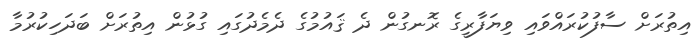
އިތުރަށް ސާފުކުރައްވައި ވިޔަފާރީގެ ރޮނގުން ދެ ޤައުމުގެ ދެމެދުގައި ގުޅުން އިތުރަށް ބަދަހިކުރުމާ